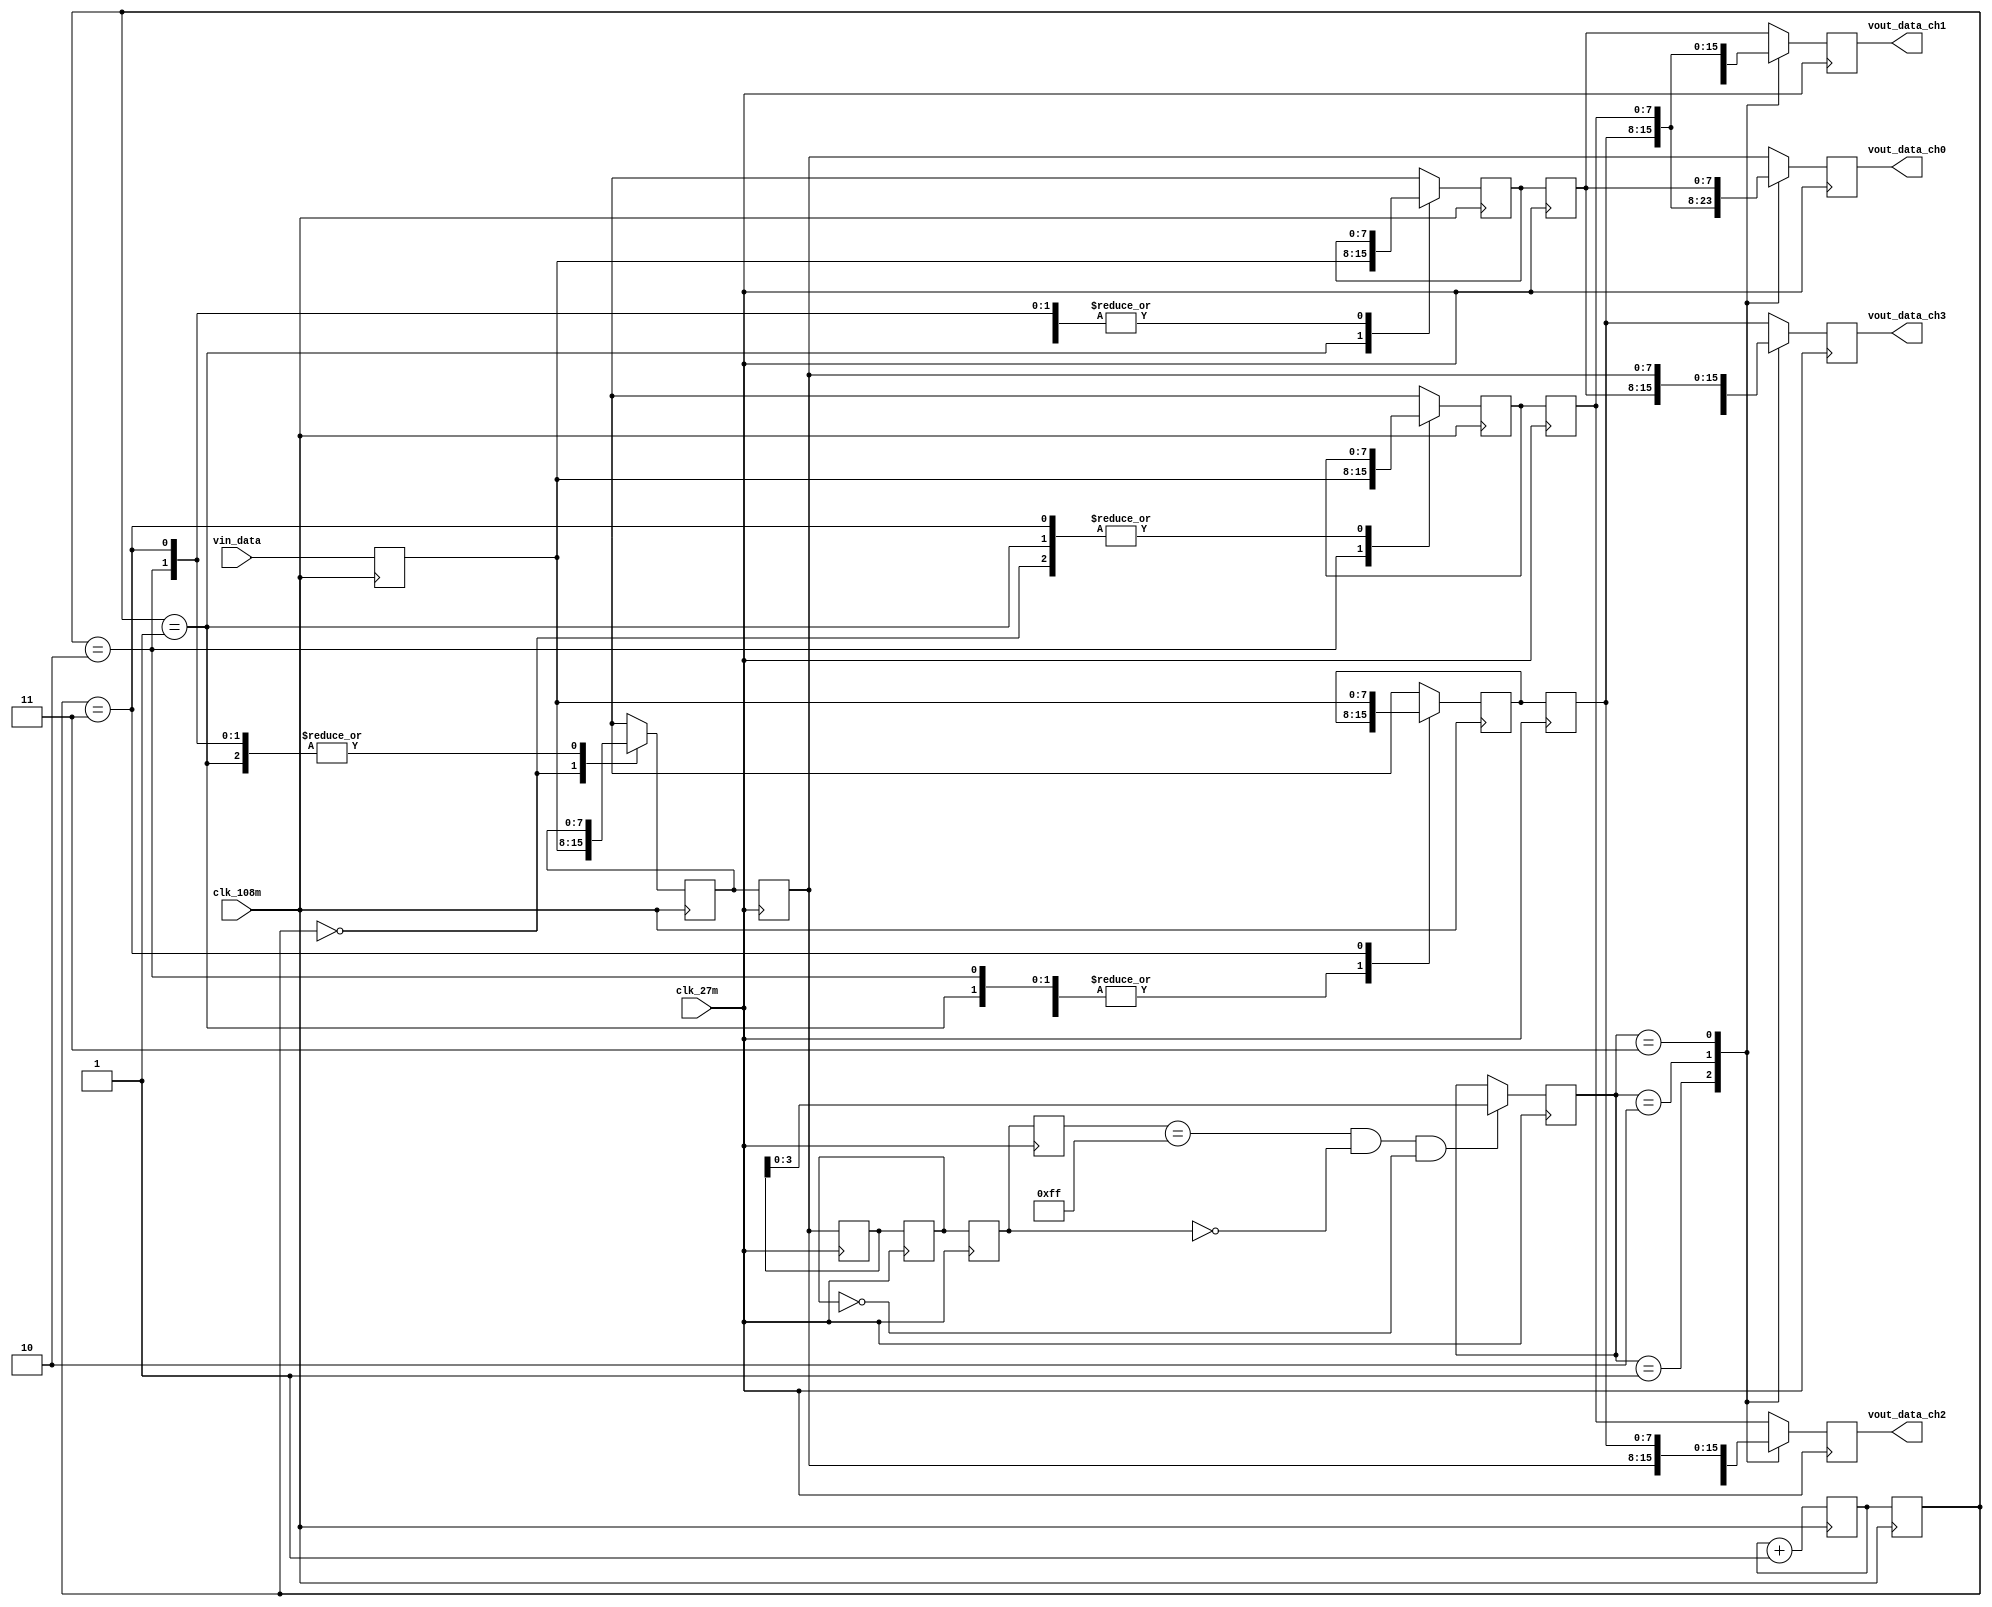
/*
TW2866/TW2867
IOTW2867427MhzBT656108Mhz
datasheet427MhzBT656
*/
module demux(
	input clk_108m,
	input clk_27m,
	input[7:0] vin_data,
	output reg[7:0] vout_data_ch0,
	output reg[7:0] vout_data_ch1,
	output reg[7:0] vout_data_ch2,
	output reg[7:0] vout_data_ch3
);
reg[1:0] vin_cnt;
reg[1:0] vin_cnt_d0;
reg[7:0] data0,data1,data2,data3;
reg[7:0] data0_d0;
reg[7:0] data1_d0;
reg[7:0] data2_d0;
reg[7:0] data3_d0;
reg[7:0] data0_d1;
reg[7:0] data0_d2;
reg[7:0] data0_d3;
reg[7:0] data0_d4;
reg[3:0] data0_id;

reg[7:0] vin_data_d0;
always@(posedge clk_108m)
begin
	vin_cnt <= vin_cnt + 2'd1;
	vin_data_d0 <= vin_data;
	vin_cnt_d0 <= vin_cnt;
end
/*108Mhz427Mhz*/
always@(posedge clk_108m)
begin
	case(vin_cnt_d0)
		2'd0:
			begin
				data0 <= vin_data_d0;
				data1 <= data1;
				data2 <= data2;
				data3 <= data3;
			end
		2'd1:
			begin
				data0 <= data0;
				data1 <= vin_data_d0;
				data2 <= data2;
				data3 <= data3;
			end
		2'd2:
			begin
				data0 <= data0;
				data1 <= data1;
				data2 <= vin_data_d0;
				data3 <= data3;
			end
		2'd3:
			begin
				data0 <= data0;
				data1 <= data1;
				data2 <= data2;
				data3 <= vin_data_d0;
			end
		default:
			begin
				data0 <= data0;
				data1 <= data1;
				data2 <= data2;
				data3 <= data3;
			end
	endcase
end

always@(posedge clk_27m)
begin
	data0_d0 <= data0;
	data1_d0 <= data1;
	data2_d0 <= data2;
	data3_d0 <= data3;
	data0_d1 <= data0_d0;
	data0_d2 <= data0_d1;
	data0_d3 <= data0_d2;
	data0_d4 <= data0_d3;
end
/*4BT656427MhzID
IDTW2867*/
always@(posedge clk_27m)
begin
	if(data0_d4 == 8'hff && data0_d3 == 8'h00 && data0_d2 == 8'h00)
		data0_id <= data0_d1[3:0];
	else
		data0_id <= data0_id;		
end
/*

4
*/
always@(posedge clk_27m)
begin
	case(data0_id)
		4'd0:
			begin
				vout_data_ch0 <= data0_d0;
				vout_data_ch1 <= data1_d0;
				vout_data_ch2 <= data2_d0;
				vout_data_ch3 <= data3_d0;
			end
		4'd1:
			begin
				vout_data_ch0 <= data3_d0;
				vout_data_ch1 <= data0_d0;
				vout_data_ch2 <= data1_d0;
				vout_data_ch3 <= data2_d0;
			end
		4'd2:
			begin
				vout_data_ch0 <= data2_d0;
				vout_data_ch1 <= data3_d0;
				vout_data_ch2 <= data0_d0;
				vout_data_ch3 <= data1_d0;
			end
		4'd3:
			begin
				vout_data_ch0 <= data1_d0;
				vout_data_ch1 <= data2_d0;
				vout_data_ch2 <= data3_d0;
				vout_data_ch3 <= data0_d0;
			end
		default:
			begin
				vout_data_ch0 <= data0_d0;
				vout_data_ch1 <= data1_d0;
				vout_data_ch2 <= data2_d0;
				vout_data_ch3 <= data3_d0;
			end
	endcase
end

endmodule